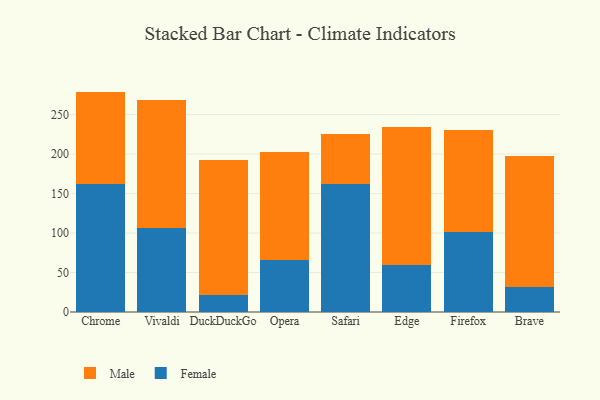
{"axis": {"x": "Browser", "y": "Gross Profit (USD K)"}, "legend": ["Female", "Male"], "data": [{"x": "Chrome", "y": 162.0, "type": "Female"}, {"x": "Chrome", "y": 117.1, "type": "Male"}, {"x": "Vivaldi", "y": 106.4, "type": "Female"}, {"x": "Vivaldi", "y": 161.8, "type": "Male"}, {"x": "DuckDuckGo", "y": 21.2, "type": "Female"}, {"x": "DuckDuckGo", "y": 171.2, "type": "Male"}, {"x": "Opera", "y": 65.9, "type": "Female"}, {"x": "Opera", "y": 137.0, "type": "Male"}, {"x": "Safari", "y": 162.1, "type": "Female"}, {"x": "Safari", "y": 63.8, "type": "Male"}, {"x": "Edge", "y": 58.9, "type": "Female"}, {"x": "Edge", "y": 175.0, "type": "Male"}, {"x": "Firefox", "y": 101.0, "type": "Female"}, {"x": "Firefox", "y": 129.7, "type": "Male"}, {"x": "Brave", "y": 31.9, "type": "Female"}, {"x": "Brave", "y": 165.3, "type": "Male"}]}